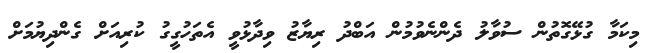
މިކަމާ ގުޅޭގޮތުން ސުވާލު ދެންނެވުމުން އަބްދު ރިޔާޒު ވިދާޅުވީ އެތަހުގީގު ކުރިއަށް ގެންދިޔުމަށް